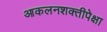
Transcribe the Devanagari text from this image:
आकलनशक्तीपेक्षा